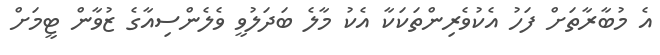
އެ މުބާރާތަށް ފަހު އެކުވެރިންތަކަކާ އެކު މާލެ ބަދަލުވީ ވެލެންސިއާގެ ޒުވާން ޓީމަށް